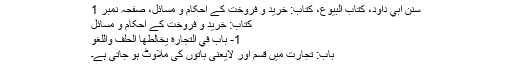
سنن ابي داود، كتاب البيوع، کتاب: خرید و فروخت کے احکام و مسائل، صفحہ نمبر 1
کتاب: خرید و فروخت کے احکام و مسائل
1- باب فِي التِّجَارَةِ يُخَالِطُهَا الْحَلِفُ وَاللَّغْوُ
باب: تجارت میں قسم اور لایعنی باتوں کی ملاوٹ ہو جاتی ہے۔